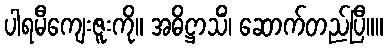
ပါရမီကျေးဇူးကို။ အဓိဋ္ဌာသိံ၊ ဆောက်တည်ပြီ။။